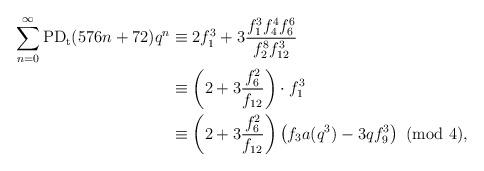
LaTeX: \begin{align*}\sum_{n=0}^{\infty}\textup{PD}_\textup{t}(576n+72)q^n&\equiv 2f_1^3+3\dfrac{f_1^3f_{4}^4f_{6}^6}{f_2^8f_{12}^3}\\&\equiv \left(2+3\dfrac{f_6^2}{f_{12}}\right)\cdot f_1^3\\&\equiv\left(2+3\dfrac{f_6^2}{f_{12}}\right)\left(f_3a(q^3)-3qf_9^3\right)~(\textup{mod}~4),\end{align*}